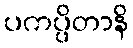
ပကပ္ပိတာနိ